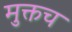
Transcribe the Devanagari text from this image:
मुक्तच